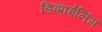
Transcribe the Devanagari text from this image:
डिझाईनिंग